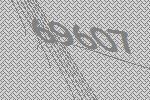
69607